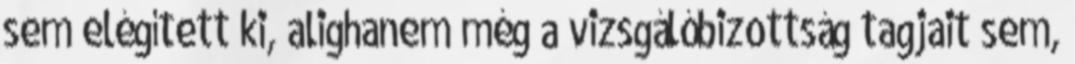
sem elégített ki, alighanem még a vizsgálóbizottság tagjait sem,